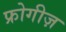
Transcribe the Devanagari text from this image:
फ्रोगीज़